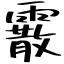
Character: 霰